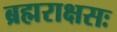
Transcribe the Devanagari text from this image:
ब्रह्मराक्षसः